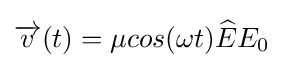
{\overrightarrow {v}}(t)=\mu cos(\omega t){\widehat {E}}E_{0}